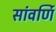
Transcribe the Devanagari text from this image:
सांवर्णि